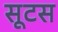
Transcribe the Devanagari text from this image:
सूटस